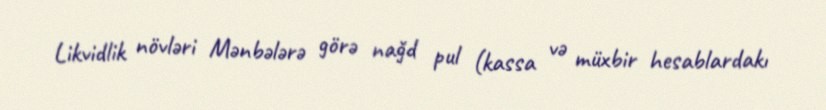
Likvidlik növləri Mənbələrə görə nağd pul (kassa və müxbir hesablardakı